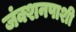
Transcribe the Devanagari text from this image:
जंक्शनपाशी